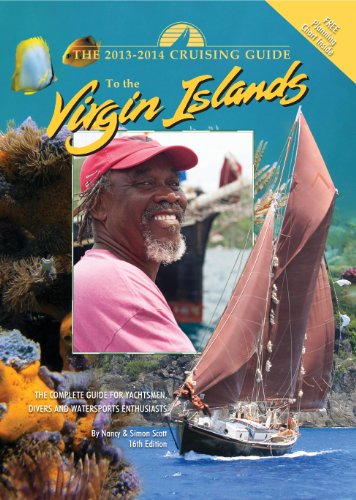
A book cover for Cruising Guide to the Virgin Islands; Nancy Scott; Travel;